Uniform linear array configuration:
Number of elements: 12
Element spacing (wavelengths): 0.25
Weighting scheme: uniform
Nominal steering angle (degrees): -60
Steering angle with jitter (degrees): -60.374
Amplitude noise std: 0.05
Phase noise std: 0.05

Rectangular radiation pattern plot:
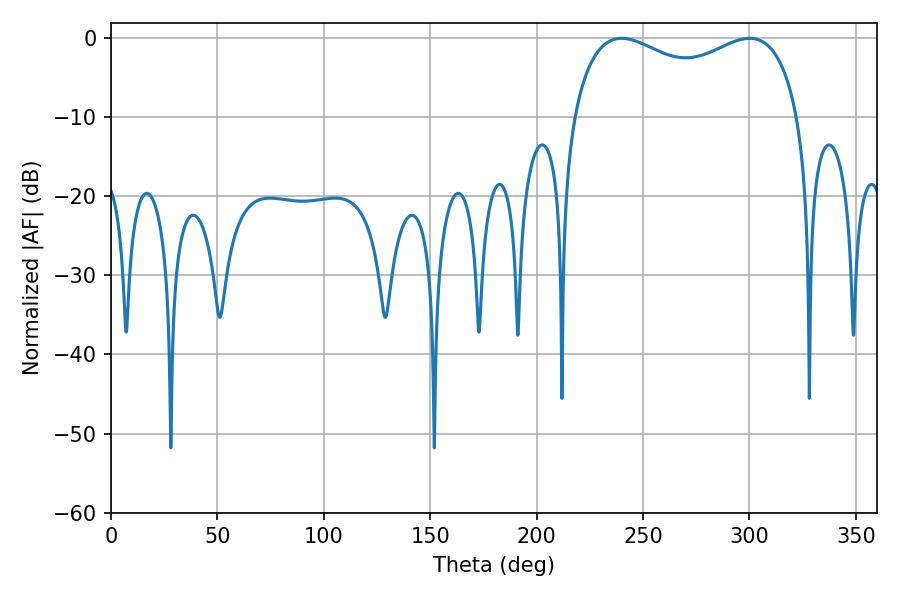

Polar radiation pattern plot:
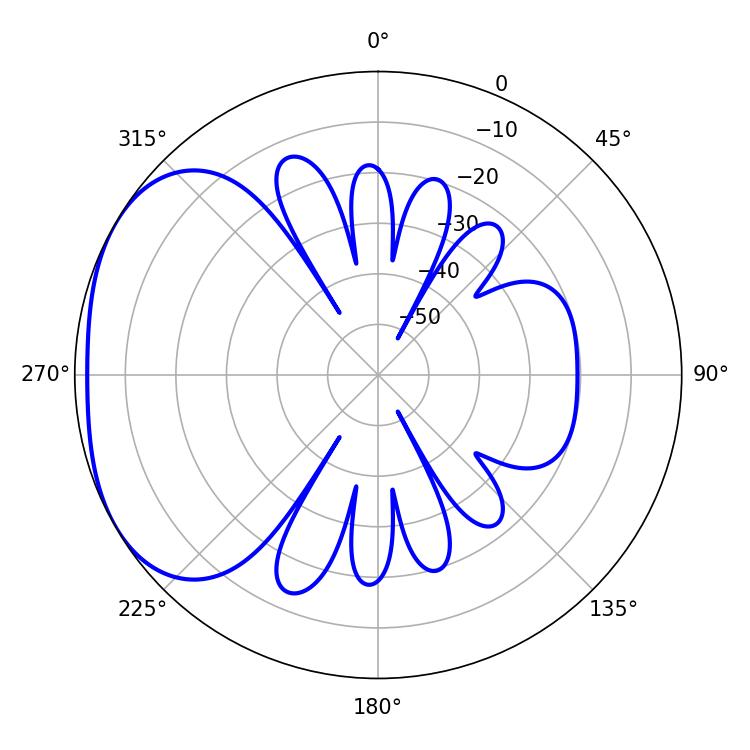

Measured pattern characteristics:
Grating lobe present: FALSE
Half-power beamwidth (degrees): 88.2
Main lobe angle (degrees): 239.94